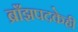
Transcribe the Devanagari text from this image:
ब्राँझपदकेही